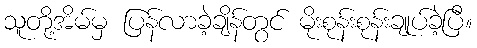
သူတို့အိမ်မှ ပြန်လာခဲ့ချိန်တွင် မိုးစုန်းစုန်းချုပ်ခဲ့ပြီ။